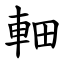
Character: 䡒